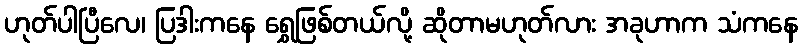
ဟုတ်ပါပြီလေ၊ ပြဒါးကနေ ရွှေဖြစ်တယ်လို့ ဆိုတာမဟုတ်လား အခုဟာက သံကနေ